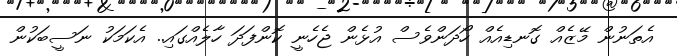
އެތަނުން މޭޒެއް ގޮނޑިއެއް ހޯދަންވެސް އުޅެން ޖެހެނީ ކޮންފަދަ ހާލެއްގައި.. އެކަމަކު ނަސީބަކުން